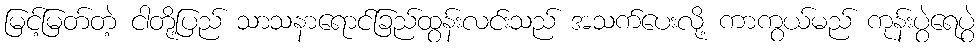
မြင့်မြတ်တဲ့ ငါတို့ပြည် သာသနာရောင်ခြည်ထွန်းလင်းသည် အသက်ပေးလို့ ကာကွယ်မည် ကုန်းပွဲရေပွဲ